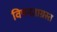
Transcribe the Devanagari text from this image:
विषमताग्रस्त